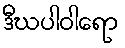
ဒီဃပါဝါရော